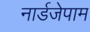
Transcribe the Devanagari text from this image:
नार्डजेपाम